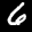
Label: 6